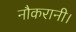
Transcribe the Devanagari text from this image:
नौकरानी।